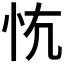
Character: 𢗟